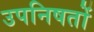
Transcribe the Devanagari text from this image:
उपनिषतों